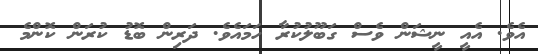
އެވެ. އެއީ ނީޝަން ވެސް ގަބޫލުކުރާ ހަމައެވެ. ދަރިން ބޮޑު ކުރަން ކޮންމެ